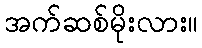
အက်ဆစ်မိုးလား။